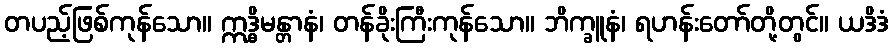
တပည့်ဖြစ်ကုန်သော။ ဣဒ္ဓိမန္တာနံ၊ တန်ခိုးကြီးကုန်သော။ ဘိက္ခူနံ၊ ရဟန်းတော်တို့တွင်။ ယဒိဒံ